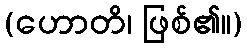
(ဟောတိ၊ ဖြစ်၏။)